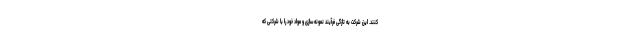
کنند. این شرکت به تازگی فرآیند نمونه‌سازی و مواد خود را با شرکتی که